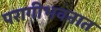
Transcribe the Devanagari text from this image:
परागीभवनात